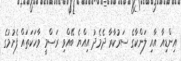
އިންޑިއާ އާއި ލަންކާގެ ސަރުކާރާ ދެމެދު އިއްޔެ ބޭއްވި ރަސްމީ ވާހަކަތައް ފެށުމުގެ